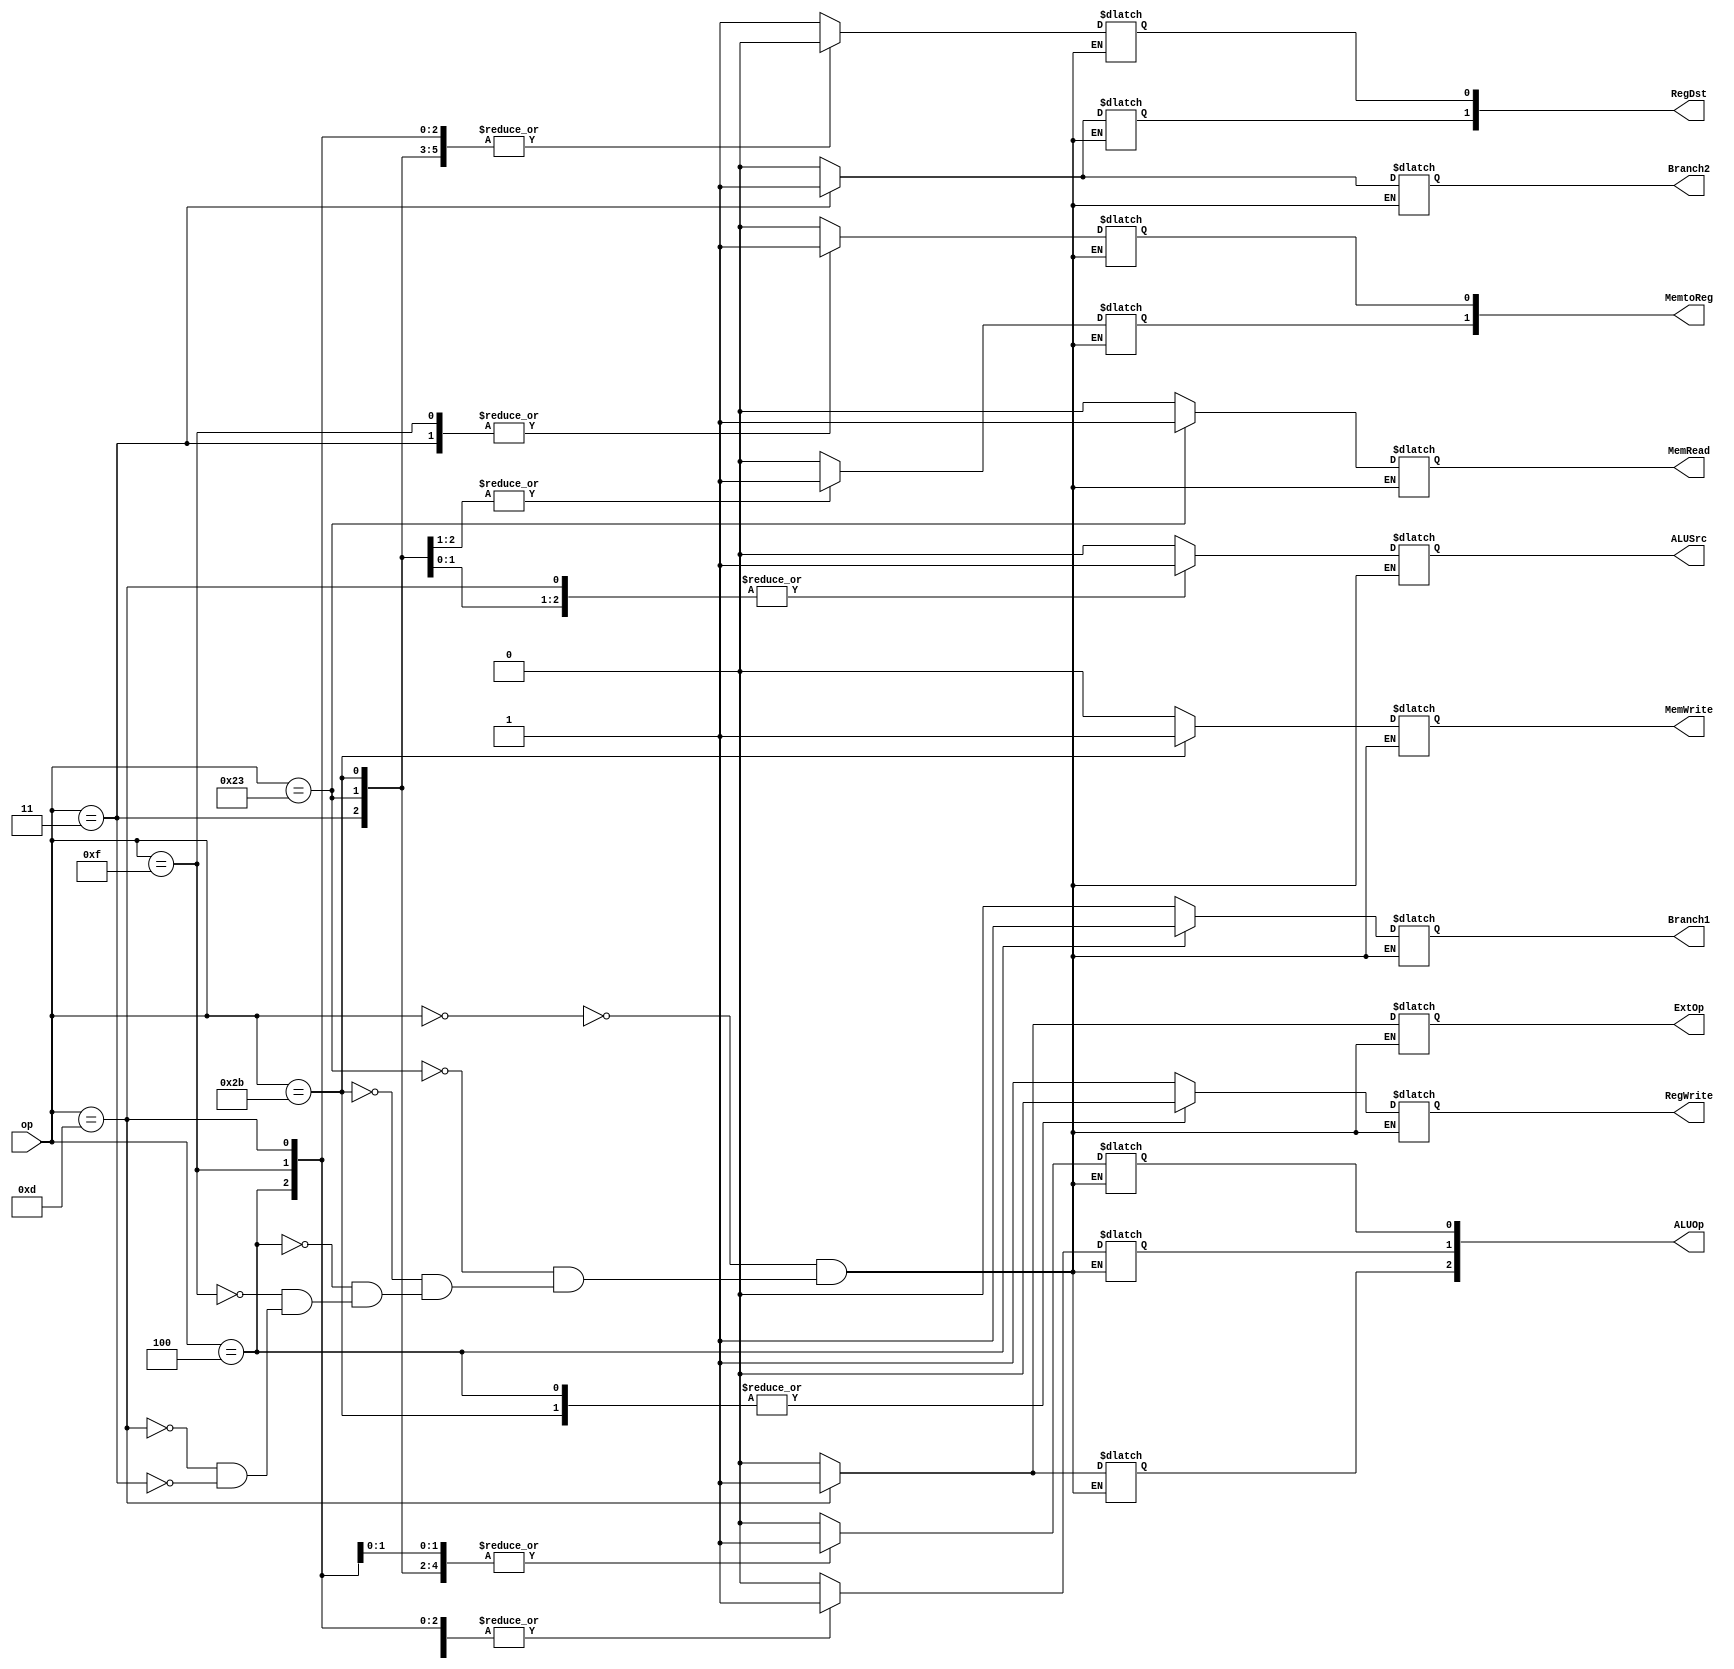
`timescale 1ns / 1ps
//////////////////////////////////////////////////////////////////////////////////
// Company: 
// Engineer: 
// 
// Design Name: 
// Module Name:    controller 
// Project Name: 
// Target Devices: 
// Tool versions: 
// Description: 
//
// Dependencies: 
//
// Revision: 
// Revision 0.01 - File Created
// Additional Comments: 
//
//////////////////////////////////////////////////////////////////////////////////
module controller(
    input [5:0] op,
    output reg[1:0] RegDst,
    output reg ALUSrc,
    output reg RegWrite,
    output reg MemRead,
    output reg MemWrite,
    output reg [1:0] MemtoReg,
    output reg ExtOp,
    output reg Branch1,
    output reg Branch2,
    output reg [2:0] ALUOp
    );

	always@(*) 
	begin
		case (op)
		6'b000000://R 
		begin
			RegDst[1]<=0;
			RegDst[0]<=1;
			ALUSrc<=0;
			RegWrite<=1;
			MemRead<=0;
			MemWrite<=0;
			MemtoReg[1]<=0;
			MemtoReg[0]<=0;
			ExtOp<=0;
			Branch1<=0;
			ALUOp[2]<=0;
			ALUOp[1]<=0;
			ALUOp[0]<=0;	
			Branch2<=0;	
		end

		6'b100011://lw
		begin
			RegDst[1]<=0;
			RegDst[0]<=0;
			ALUSrc<=1;
			RegWrite<=1;
			MemRead<=1;
			MemWrite<=0;
			MemtoReg[1]<=1;
			MemtoReg[0]<=0;
			ExtOp<=0;
			Branch1<=0;
			ALUOp[2]<=0;
			ALUOp[1]<=0;
			ALUOp[0]<=1;	
			Branch2<=0;		
		end
		
		6'b101011://sw
		begin
			RegDst[1]<=0;
			RegDst[0]<=0;
			ALUSrc<=1;
			RegWrite<=0;
			MemRead<=0;
			MemWrite<=1;
			MemtoReg[1]<=0;
			MemtoReg[0]<=0;
			ExtOp<=0;
			Branch1<=0;
			ALUOp[2]<=0;
			ALUOp[1]<=0;
			ALUOp[0]<=1;	
			Branch2<=0;	
		end

        6'b000100://beq
		begin
			RegDst[1]<=0;
			RegDst[0]<=0;
			ALUSrc<=0;
			RegWrite<=0;
			MemRead<=0;
			MemWrite<=0;
			MemtoReg[1]<=0;
			MemtoReg[0]<=0;
			ExtOp<=0;
			Branch1<=1;
			ALUOp[2]<=0;
			ALUOp[1]<=1;
			ALUOp[0]<=0;	
			Branch2<=0;	
		end
 
        6'b001111://lui
		begin
			RegDst[1]<=0;
			RegDst[0]<=0;
			ALUSrc<=0;
			RegWrite<=1;
			MemRead<=0;
			MemWrite<=0;
			MemtoReg[1]<=0;
			MemtoReg[0]<=1;
			ExtOp<=0;
			Branch1<=0;
			ALUOp[2]<=0;
			ALUOp[1]<=1;
			ALUOp[0]<=1;	
			Branch2<=0;	
		end

        6'b001101://ori
		begin
			RegDst[1]<=0;
			RegDst[0]<=0;
			ALUSrc<=1;
			RegWrite<=1;
			MemRead<=0;
			MemWrite<=0;
			MemtoReg[1]<=0;
			MemtoReg[0]<=0;
			ExtOp<=1;
			Branch1<=0;
			ALUOp[2]<=1;
			ALUOp[1]<=1;
			ALUOp[0]<=1;	
			Branch2<=0;	
		end

		  6'b000011://jal
		begin
			RegDst[1]<=1;
			RegDst[0]<=0;
			ALUSrc<=0;
			RegWrite<=1;
			MemRead<=0;
			MemWrite<=0;
			MemtoReg[1]<=1;
			MemtoReg[0]<=1;
			ExtOp<=0;
			Branch1<=0;
			ALUOp[2]<=0;
			ALUOp[1]<=1;
			ALUOp[0]<=1;	
			Branch2<=1;	
		end
		endcase
	end	
endmodule